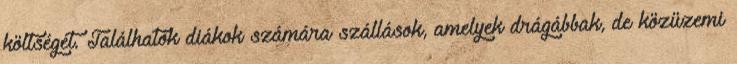
költségét. Találhatók diákok számára szállások, amelyek drágábbak, de közüzemi